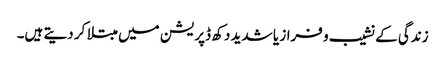
زندگی کے نشیب و فراز یا شدید دکھ ڈپریشن میں مبتلا کر دیتے ہیں۔